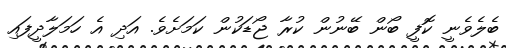
ބެލެވެނީ ކޮފީ ބޯން ބޭނުން ކުރާ ޖޯޑަކުން ކަމަށެވެ. އަދި އެ ހަމަލާދީފައި